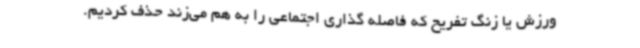
ورزش یا زنگ تفریح که فاصله گذاری اجتماعی را به هم می‌زند حذف کردیم.